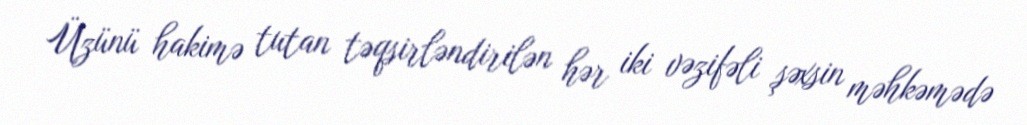
Üzünü hakimə tutan təqsirləndirilən hər iki vəzifəli şəxsin məhkəmədə